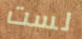
لست